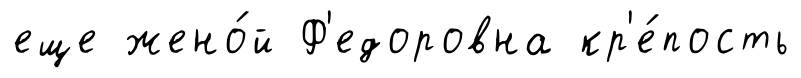
еще жено́й Ф'едоровна кр'е́пость